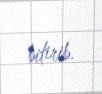
bitirib.